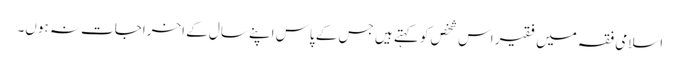
اسلامی فقہ میں فقیر اس شخص کو کہتے ہیں جس کے پاس اپنے سال کے اخراجات نہ ہوں۔